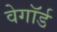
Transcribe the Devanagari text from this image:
वेगॉर्ड